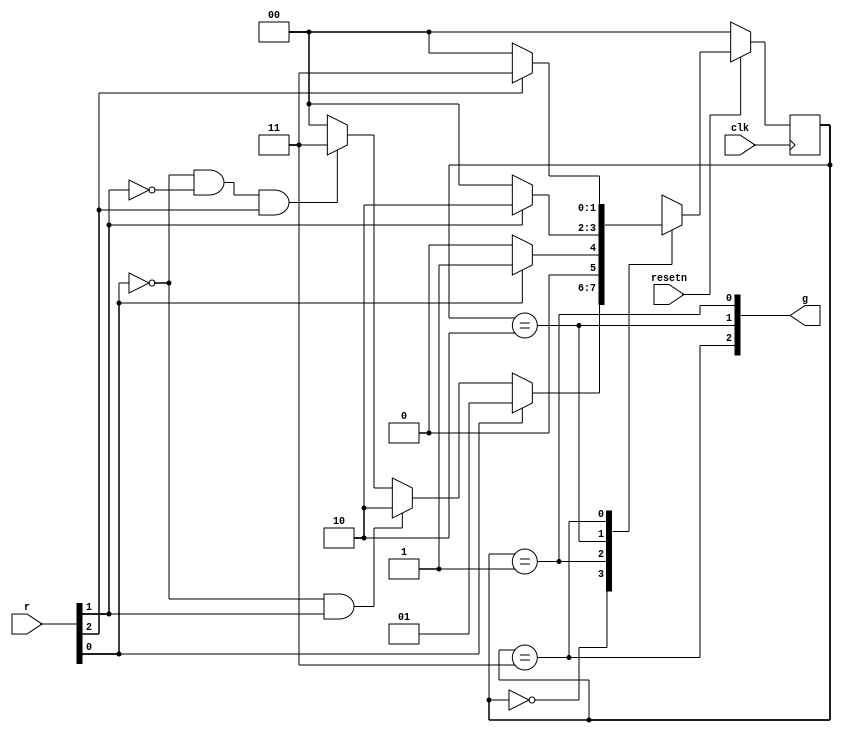
// This program was cloned from: https://github.com/Yvan-xy/verilog-doc
// License: GNU General Public License v2.0

module top_module (
    input clk,
    input resetn,    // active-low synchronous reset
    input [3:1] r,   // request
    output [3:1] g   // grant
); 

    parameter a=2'd0, b=2'd1, c=2'd2, d=2'd3;
    reg [1:0] state, next_state;
    
    always@(*) begin
        case(state)
            a: begin
                if(r[1])	next_state = b;
                else if(~r[1] & r[2])	next_state = c;
                else if(~r[1] & ~r[2] & r[3])	next_state = d;
                else	next_state = a;
            end
            b: begin
                if(r[1])	next_state = b;
                else		next_state = a;
            end
            c: begin
                if(r[2])	next_state = c;
                else		next_state = a;
            end
            d: begin
                if(r[3])	next_state = d;
                else		next_state = a;
            end
        endcase
    end

    always@(posedge clk) begin
        if(~resetn)
            state <= a;
        else
            state <= next_state;
    end
    
    assign g[1] = (state == b);
    assign g[2] = (state == c);
    assign g[3] = (state == d);
    
    
endmodule